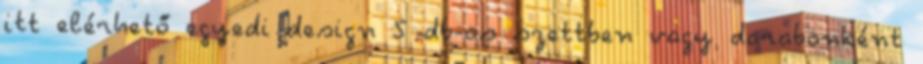
itt elérhető egyedi design 5 db-os szettben vagy darabonként